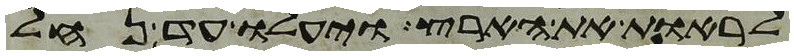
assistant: לראות את הארץ ויעלו עד נחל